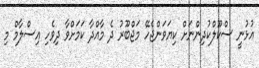
އުޅުނީ ސްކޫލްކުދިންނަށް ކިޔަވަންޖެހޭ މަޖްބޫރު ދެ މާއްދާ ކަމަށްވާ ދިވެހި އިސްލާމް މި